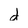
Character: d